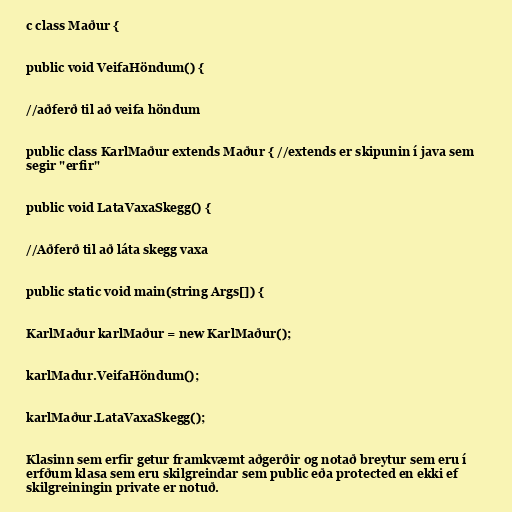
c class Maður {

public void VeifaHöndum() {

//aðferð til að veifa höndum

public class KarlMaður extends Maður { //extends er skipunin í java sem
segir "erfir"

public void LataVaxaSkegg() {

//Aðferð til að láta skegg vaxa

public static void main(string Args[]) {

KarlMaður karlMaður = new KarlMaður();

karlMadur.VeifaHöndum();

karlMaður.LataVaxaSkegg();

Klasinn sem erfir getur framkvæmt aðgerðir og notað breytur sem eru í
erfðum klasa sem eru skilgreindar sem public eða protected en ekki ef
skilgreiningin private er notuð.